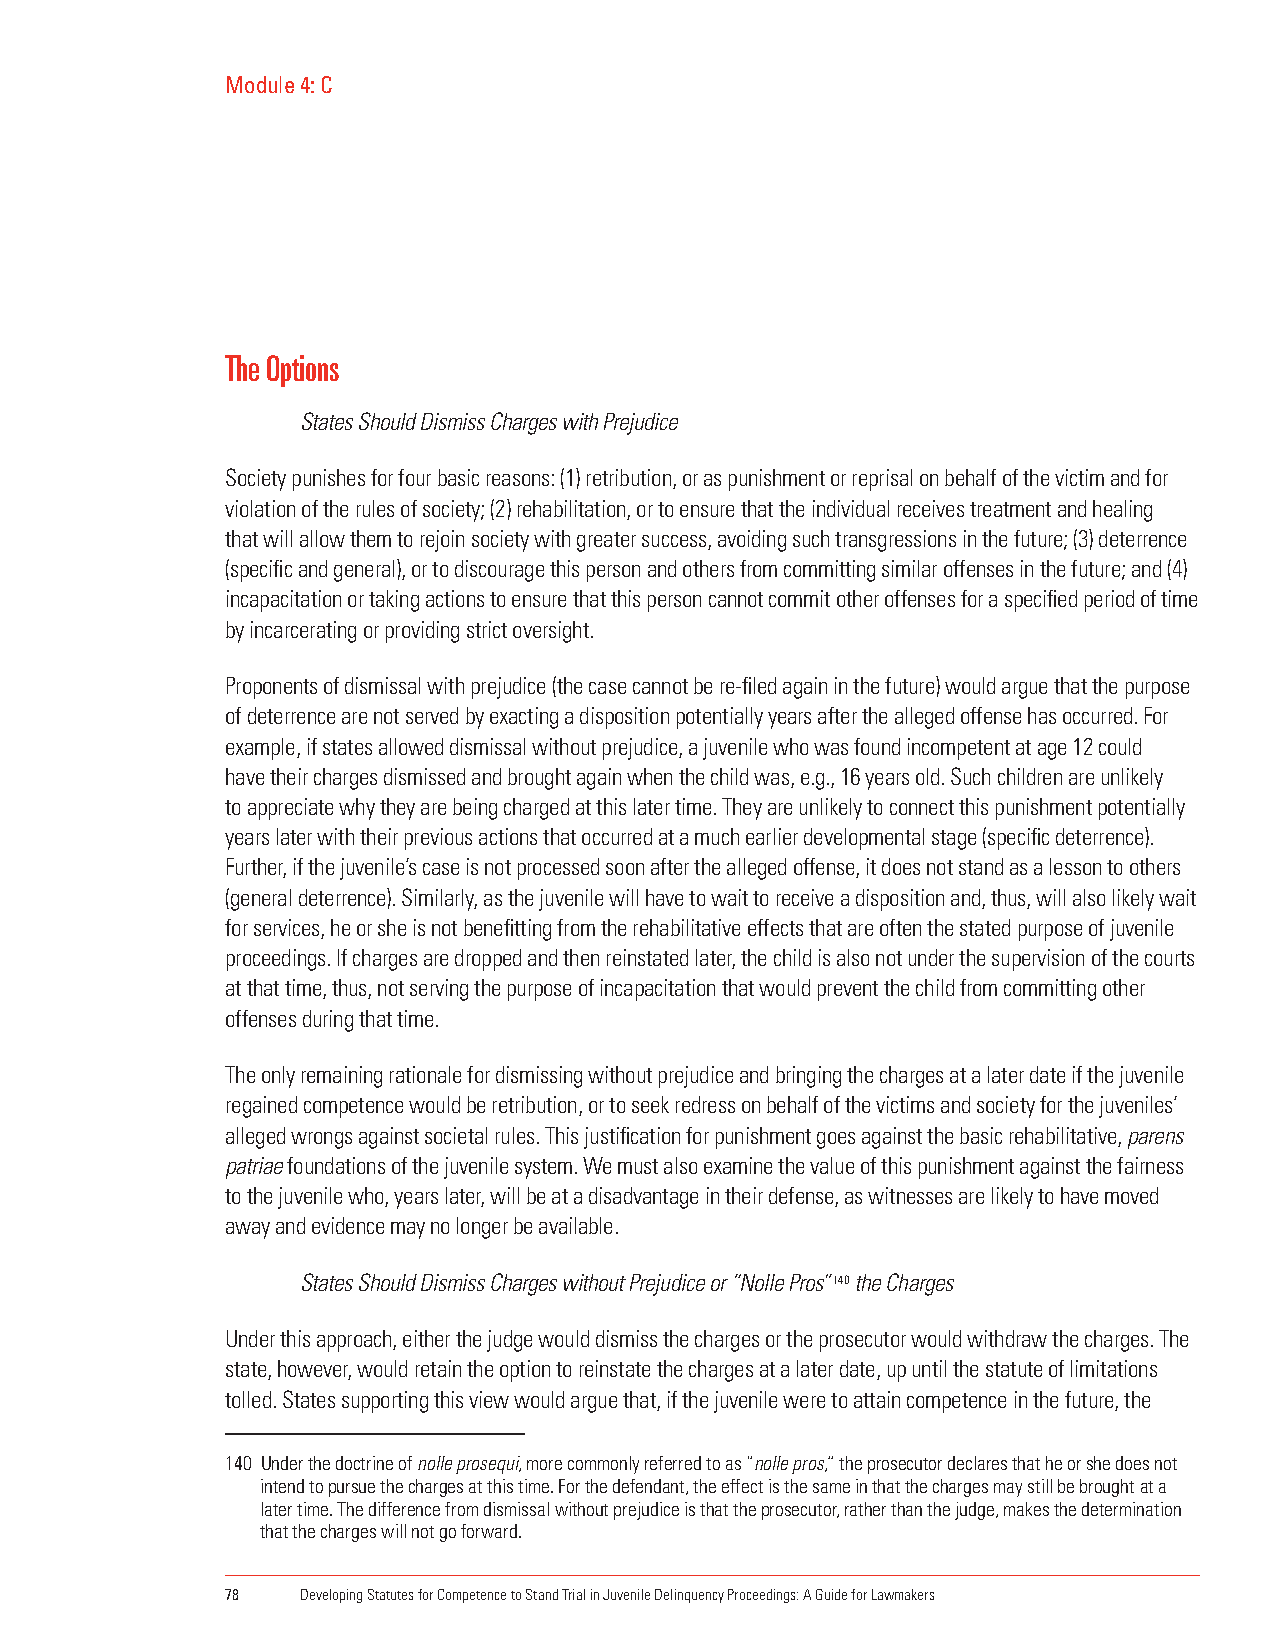
Module 4: C
 The Options
 States Should Dismiss Charges with Prejudice
 Society punishes for four basic reasons: (1) retribution, or as punishment or reprisal on behalf of the victim and for
 violation of the rules of society; (2) rehabilitation, or to ensure that the individual receives treatment and healing
 that will allow them to rejoin society with greater success, avoiding such transgressions in the future; (3) deterrence
 (specific and general), or to discourage this person and others from committing similar offenses in the future; and (4)
 incapacitation or taking actions to ensure that this person cannot commit other offenses for a specified period of time
 by incarcerating or providing strict oversight.
 Proponents of dismissal with prejudice (the case cannot be re-filed again in the future) would argue that the purpose
 of deterrence are not served by exacting a disposition potentially years after the alleged offense has occurred. For
 example, if states allowed dismissal without prejudice, a juvenile who was found incompetent at age 12 could
 have their charges dismissed and brought again when the child was, e.g., 16 years old. Such children are unlikely
 to appreciate why they are being charged at this later time. They are unlikely to connect this punishment potentially
 years later with their previous actions that occurred at a much earlier developmental stage (specific deterrence).
 Further, if the juvenile’s case is not processed soon after the alleged offense, it does not stand as a lesson to others
 (general deterrence). Similarly, as the juvenile will have to wait to receive a disposition and, thus, will also likely wait
 for services, he or she is not benefitting from the rehabilitative effects that are often the stated purpose of juvenile
 proceedings. If charges are dropped and then reinstated later, the child is also not under the supervision of the courts
 at that time, thus, not serving the purpose of incapacitation that would prevent the child from committing other
 offenses during that time.
 The only remaining rationale for dismissing without prejudice and bringing the charges at a later date if the juvenile
 regained competence would be retribution, or to seek redress on behalf of the victims and society for the juveniles’
 alleged wrongs against societal rules. This justification for punishment goes against the basic rehabilitative, parens
 patriae foundations of the juvenile system. We must also examine the value of this punishment against the fairness
 to the juvenile who, years later, will be at a disadvantage in their defense, as witnesses are likely to have moved
 away and evidence may no longer be available.
 States Should Dismiss Charges without Prejudice or “Nolle Pros” 140 the Charges
 Under this approach, either the judge would dismiss the charges or the prosecutor would withdraw the charges. The
 state, however, would retain the option to reinstate the charges at a later date, up until the statute of limitations
 tolled. States supporting this view would argue that, if the juvenile were to attain competence in the future, the
 140 Under the doctrine of nolle prosequi, more commonly referred to as “nolle pros,” the prosecutor declares that he or she does not
 intend to pursue the charges at this time. For the defendant, the effect is the same in that the charges may still be brought at a
 later time. The difference from dismissal without prejudice is that the prosecutor, rather than the judge, makes the determination
 that the charges will not go forward.
 78   Developing Statutes for Competence to Stand Trial in Juvenile Delinquency Proceedings: A Guide for Lawmakers